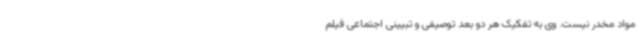
مواد مخدر نیست. وی به تفکیک هر دو بعد توصیفی و تبیینی اجتماعی فیلم